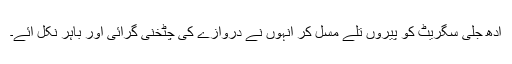
ادھ جلی سگریٹ کو پیروں تلے مسل کر انہوں نے دروازے کی چٹخنی گرائی اور باہر نکل آئے۔